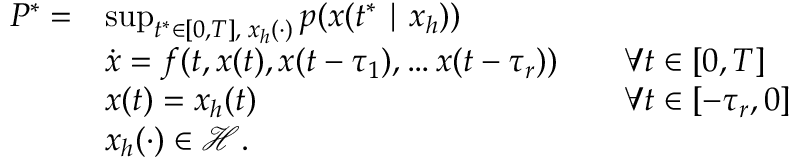
\begin{array} { r l r l } { P ^ { * } = } & { \operatorname* { s u p } _ { t ^ { * } \in [ 0 , T ] , \; x _ { h } ( \cdot ) } p ( x ( t ^ { * } \mid x _ { h } ) ) } & \\ & { \dot { x } = f ( t , x ( t ) , x ( t - \tau _ { 1 } ) , \ldots x ( t - \tau _ { r } ) ) } & & { \forall t \in [ 0 , T ] } \\ & { x ( t ) = x _ { h } ( t ) } & & { \forall t \in [ - \tau _ { r } , 0 ] } \\ & { x _ { h } ( \cdot ) \in \mathcal { H } . } \end{array}